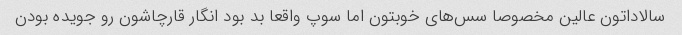
سالاداتون عالین مخصوصا سس‌های خوبتون اما سوپ واقعا بد بود انگار قارچاشون رو جویده بودن